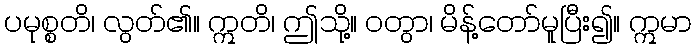
ပမုစ္စတိ၊ လွတ်၏။ ဣတိ၊ ဤသို့။ ဝတွာ၊ မိန့်တော်မူပြီး၍။ ဣမာ